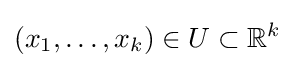
(x_{1},\ldots ,x_{k})\in U\subset \mathbb {R} ^{k}